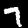
Digit: 7